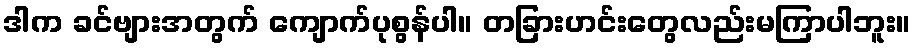
ဒါက ခင်ဗျားအတွက် ကျောက်ပုစွန်ပါ။ တခြားဟင်းတွေလည်းမကြာပါဘူး။